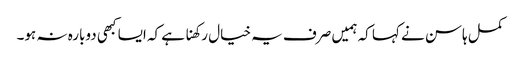
کمل ہاسن نے کہا کہ ہمیں صرف یہ خیال رکھنا ہے کہ ایسا کبھی دوبارہ نہ ہو۔